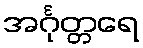
အင်္ဂုတ္တရေ